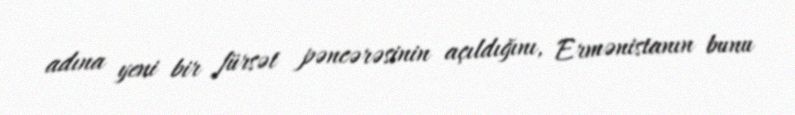
adına yeni bir fürsət pəncərəsinin açıldığını, Ermənistanın bunu